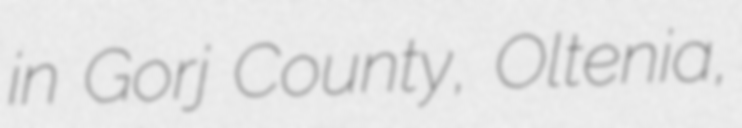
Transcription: in Gorj County, Oltenia,